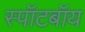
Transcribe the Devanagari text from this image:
स्पॉटबॉय